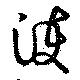
濩